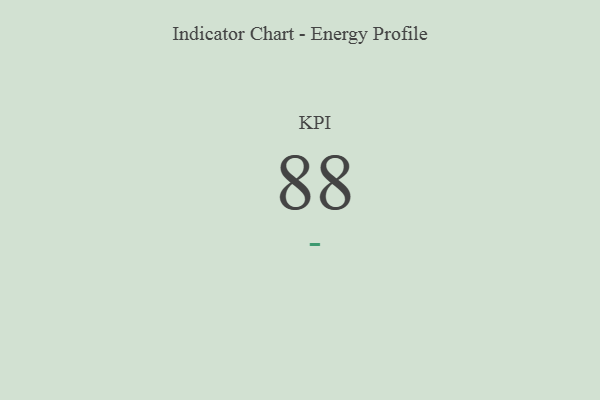
{"axis": {"x": "KPI", "y": "Value"}, "legend": [""], "data": [{"x": "KPI", "y": 88, "type": ""}]}